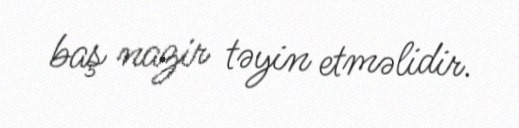
baş nazir təyin etməlidir.